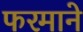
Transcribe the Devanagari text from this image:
फरमाने